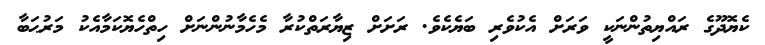
ކެޔޮދޫގެ ރައްޔިތުންނަކީ ވަރަށް އެކުވެރި ބަޔެކެވެ. ރަށަށް ޒިޔާރަތްކުރާ މެހެމާނުންނަށް ހިތްހެޔޮކަމާއެކު މަރުޙަބާ